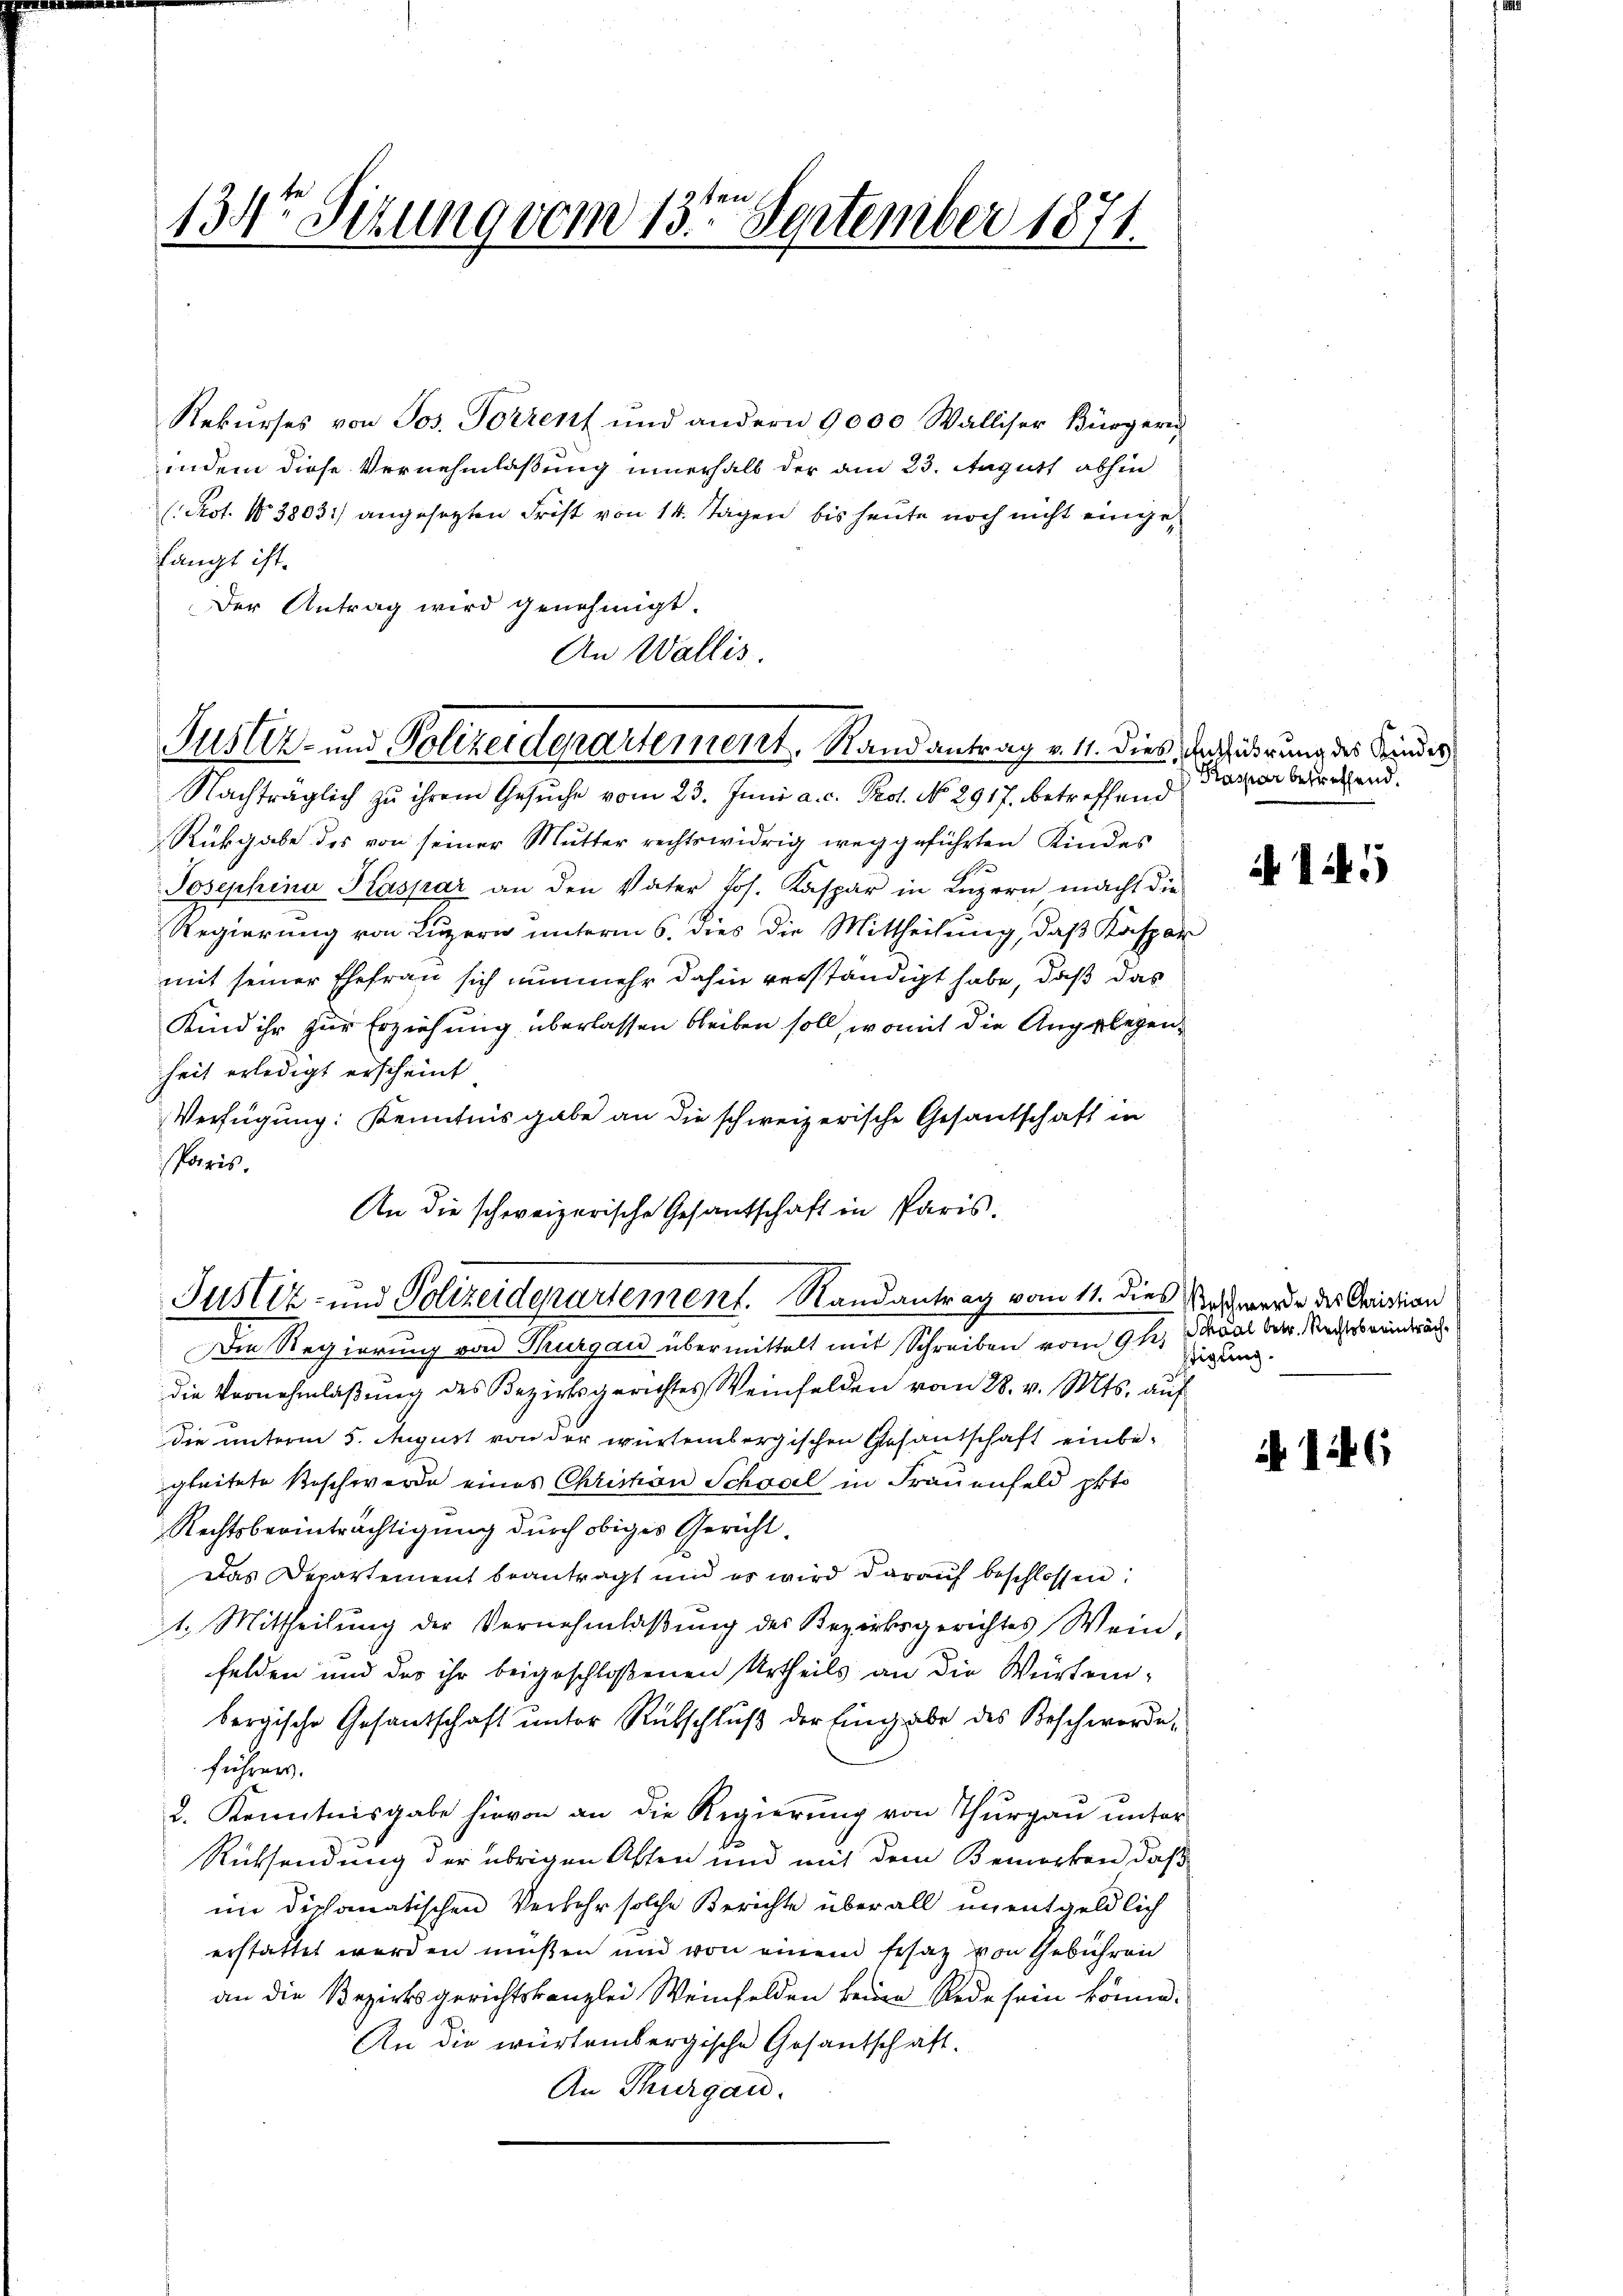
sten
1347 Sizung vom 13. September 1871

Rekurses von Jos. Forrent und andern 9000 Walliser Bürgeri
indem diese Vernehmlassung innerhalb der am 23. August abhin
(Pot. No 38031) angesetzten Frist von 14. Tagen bis heute noch nicht eingehängt ist.
Der Antrag wird genehmigt.
An Wallis.

Nachträglich zu ihrem Gesŭche vom 23. Juni a. c. Prot. No. 2917. betreffend
Rükgabe des von seiner Mutter rechtswidrig weggeführten Kindes
Josephina Kaspar an den Vater Jos. Kaspar in Lŭzern macht die
Regierung von Luzern unterm 6. dies die Mittheilung, daß Kaspar
mit seiner Ehefrau sich nunmehr dahin verständigt habe, daß das
Kind ihr zur Erziehung überlassen bleiben soll, womit die Angelegenheit erledigt erscheint
Verfügung: Kenntnis gabe an die schweizerische Gesantschaft in
sparis.
An die schweizerische Gesandschaft in Paris.
Die Regierung von Thurgau übermittelt mit Schreiben vom 9 t Mal betr. Rechts einderäch
die Vornehmlaßung des Bezirksgerichtes Weinfelden vom 28. v. Mts. auf
die unterm 5. August von der würtembergischen Gesandschaft einbegleitete Beschwerde eines Christion Schaal in Frauenfeld ppt.
Rechtsberinträchtigung durch obiges Gericht.
Das Departement beantragt und es wird darauf beschlossen:
1. Mittheilung der Vernehmlaßung des Bezirksgerichtes Wein,
felden und der ihr beigeschloßenen Urtheils an die Würtembergische Gesantschaft unter Rutschluß der Eingabe des Beschwordeführen.
2. Kenntnisgabe hievon an die Regierŭng von Thŭrgaŭ ŭnter
Rücksendung der übrigen Assen und mit dem Bemerken, daß
im diesomatischen Verkehr solche Berichte überall unentgeldlich
erstattet werden müßen und von einem Ersatz von Gebühren
an die Bezirksgerichtskanzlei Weinfelden keine Rede sein könne.
An die würtembergische Gesantschaft.
An Thurgau.

Justiz- und Polizeidepartement. Randantrag v. 11. dies, der Führung des Kindes

Justiz- und Polizeidepartement. Randantrag vom 11. dies Geschwerde des Cristian

Kaspar betreffend.

15

tigung.

a 14